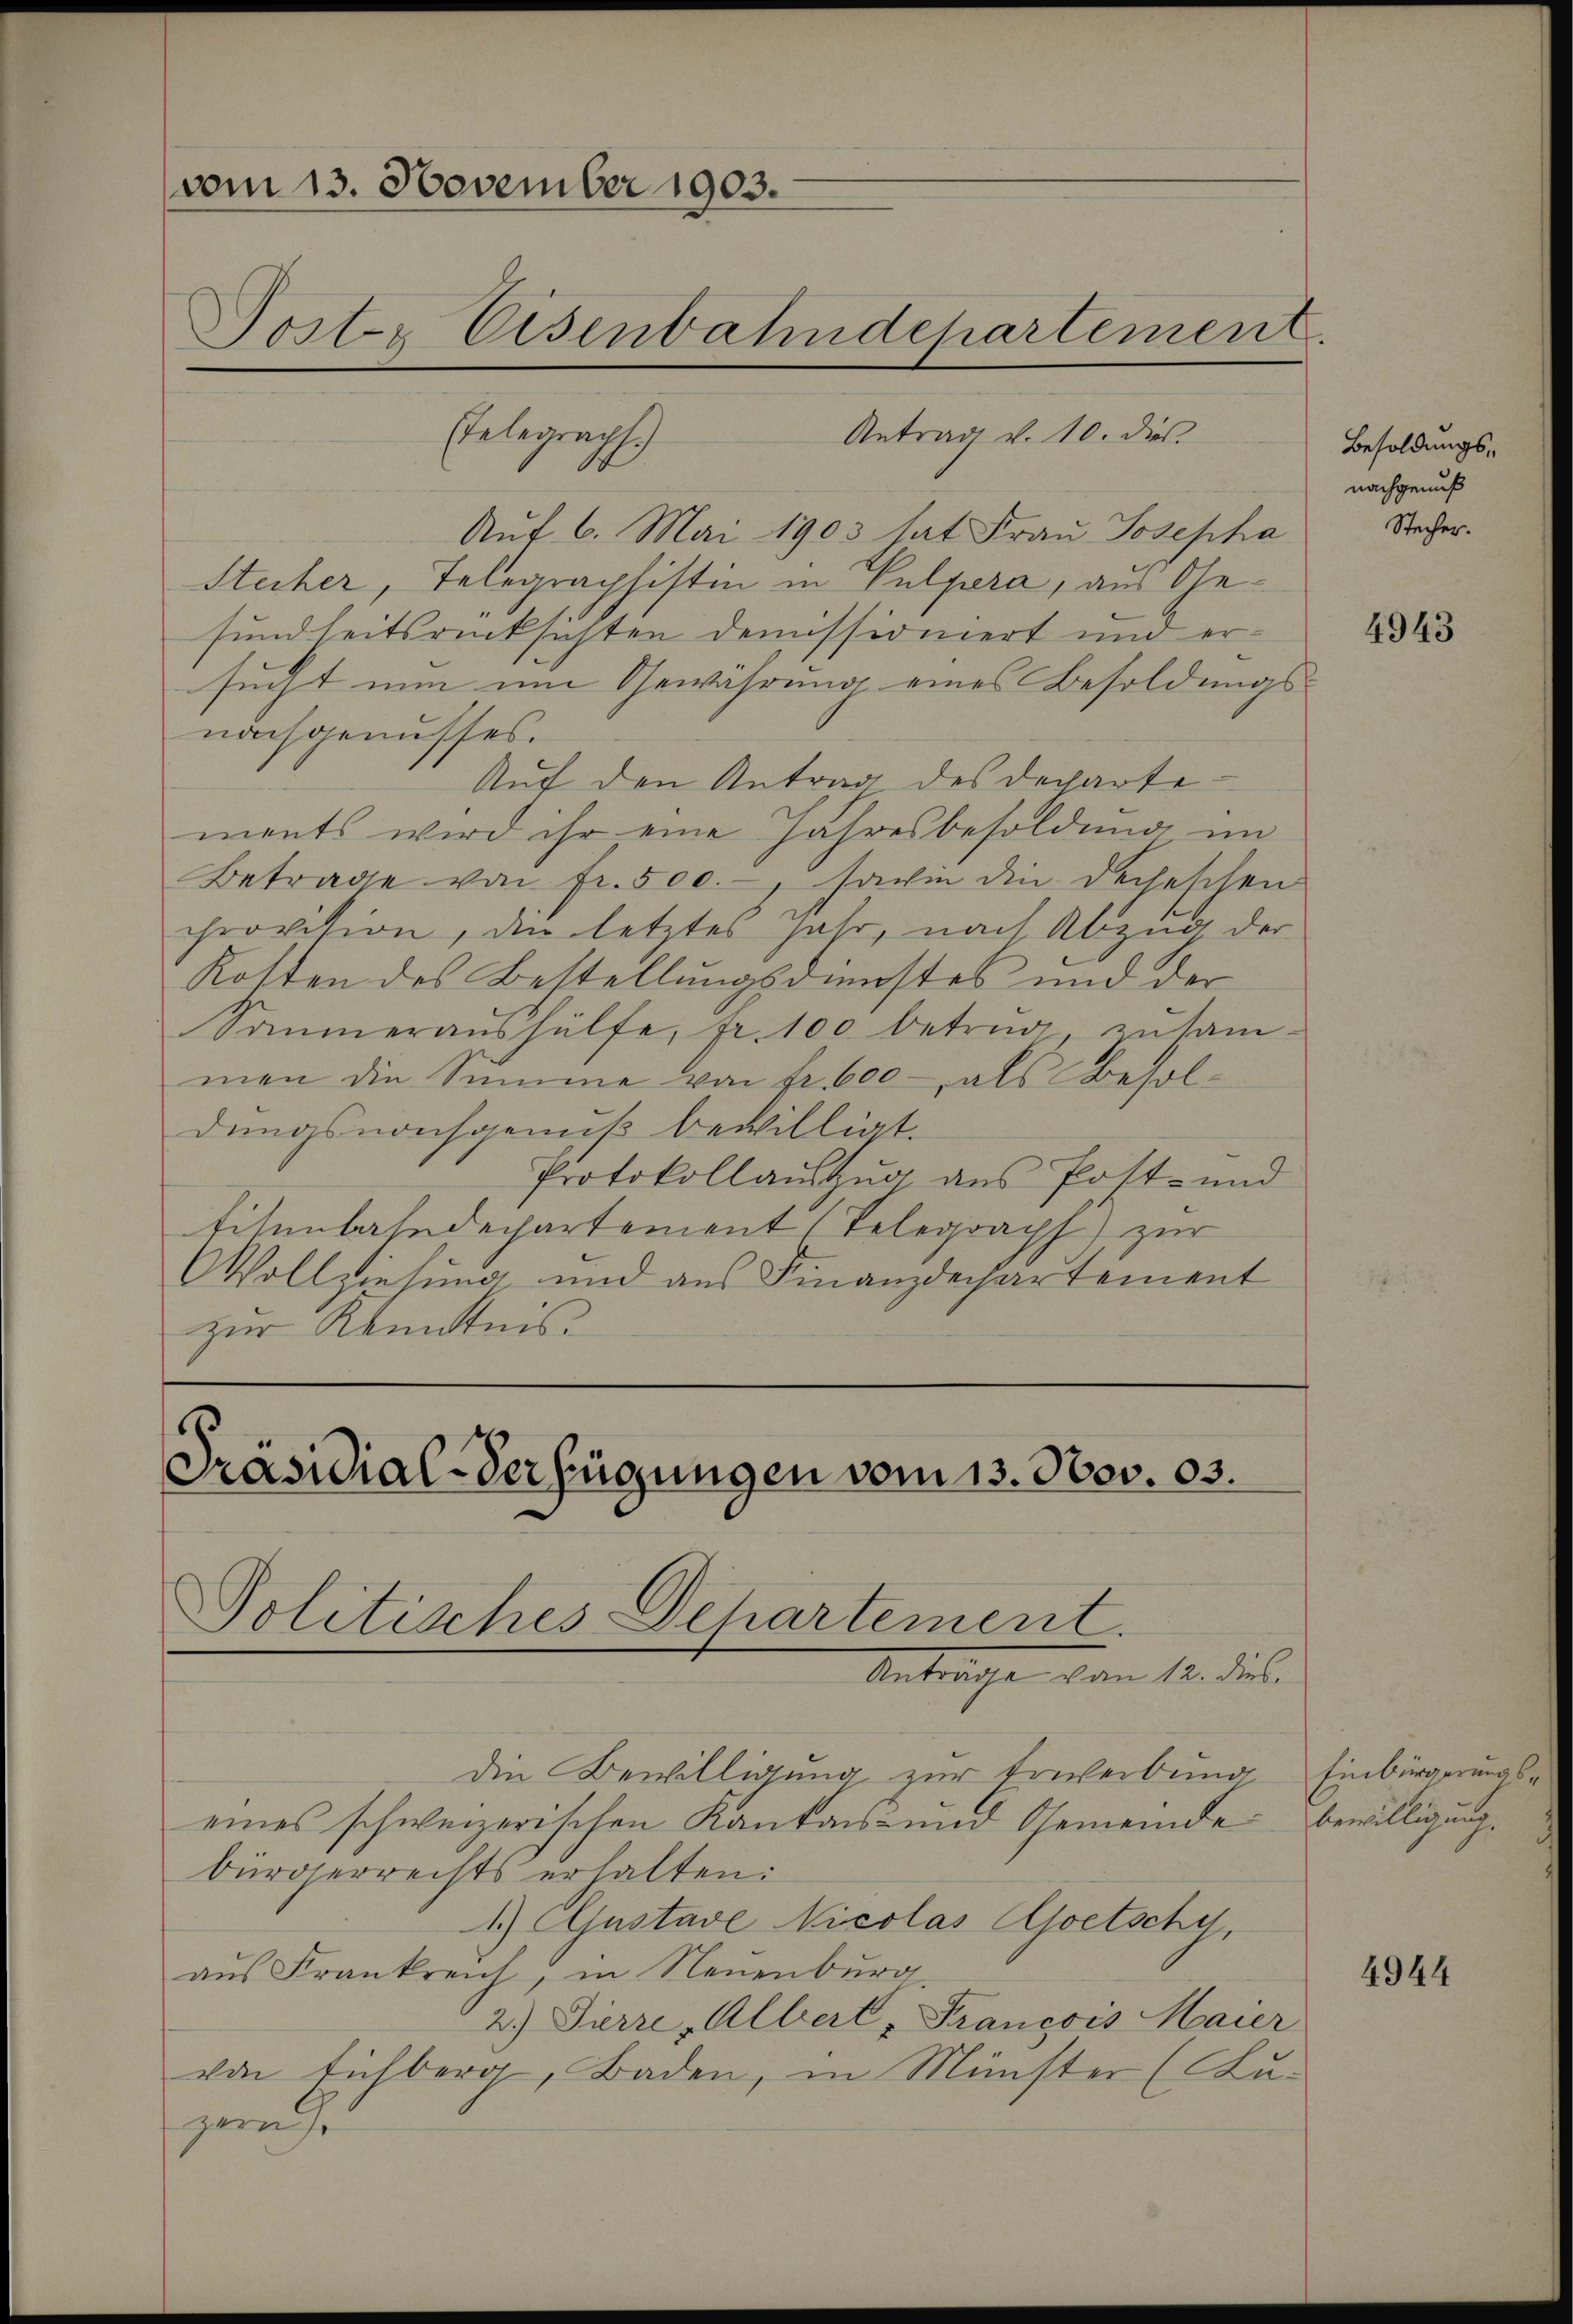
vom 13. November 1903.
Posts Eisenbahndchartement
Antrag v. 10. dies
Ebelegraph.)

Auf 6. Mai 1903 hat Frau Josepha
Stecher, Telegraphistin in Pulpera, aus Gesundheitsrücksichten demissioniert und ersucht nun um Gewährung eines Besoldungsnachgenusses.
Auf den Antrag des Dechante-
ments wird ihr eine Jahresbesoldung im
Betrage von fr. 500.-, sowie die Dechischen
provision, den letztes Jahr, nach Abzug der
Kosten des Bestellungsdienstes und der
ammeraŭshülfe, fr. 100 betrug, zusam-
men die Summe von Fr. 600 als Besoldungsnonsgenuß bewilligt.
Protokollaŭszŭg ans Pott- und
tisenbahndepartement (Telegraph) zur
Vollziehung und aus Finanzdechartement
zur Kenntnis.

Präsidial-Verfügungen vom 13. Nov. 13.
Politisches Dchartement.
Antrage vom 10. Feb.

die Bewilligung zur Erwerbung
eines schweizerischen Kantons- und Gemeinde
bürgerrechts erhalten:
1.) Gustave Nicolas Ajoetsche,
aus Frankreich, in Neuenburg,
2.) Dierre, Albert, Francois Maier
von Eichberg, Baden, in Münster (Kuzerich

Besoldungsnachgenuß
Stecher.

4943

Einbürgerungsbewilligung.

4944